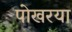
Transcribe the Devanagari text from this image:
पोखरया